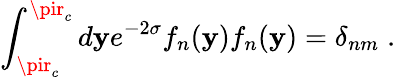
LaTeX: \int_{\pir_{c}}^{\pir_{c}}d\mathbf{y}e^{-2\sigma}f_{n}(\mathbf{y})f_{n}(\mathbf{y})=\delta_{nm}\; .